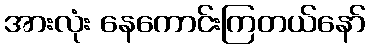
အားလုံး နေကောင်းကြတယ်နော်